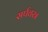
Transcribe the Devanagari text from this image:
सर्पवस्त्र